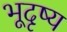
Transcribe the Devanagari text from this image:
भूदृष्य